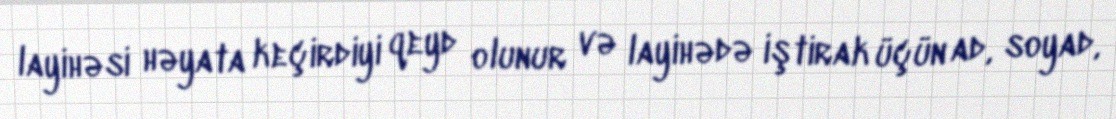
layihəsi həyata keçirdiyi qeyd olunur və layihədə iştirak üçün ad, soyad,